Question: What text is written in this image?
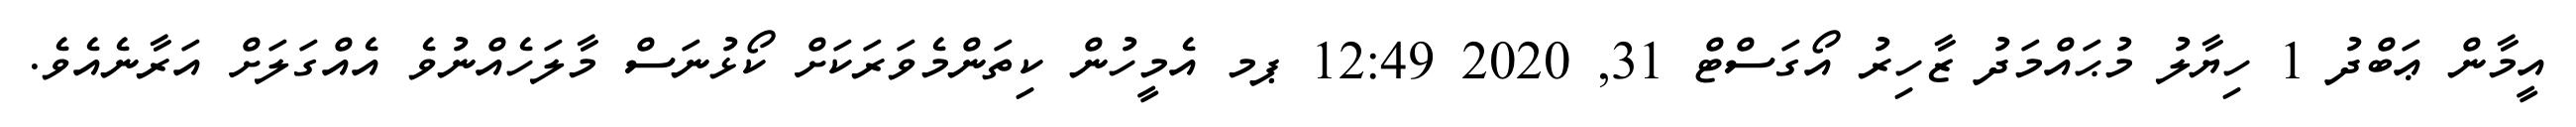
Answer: އީމާން ޢަބްދު 1 ހިޔާލު މުޙައްމަދު ޒާހިރު އޯގަސްޓް 31, 2020 12:49 ޕމ އެމީހުން ކިތަންމެވަރަކަށް ކޯޅުނަސް މާލަހެއްނުވެ އެއްގަލަށް އަރާނެއެވެ.